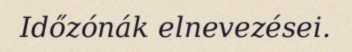
Időzónák elnevezései.